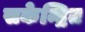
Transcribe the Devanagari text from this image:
सकेन्द्रित